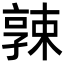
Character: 𡦚